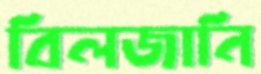
বিলজানি